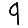
Digit: 9